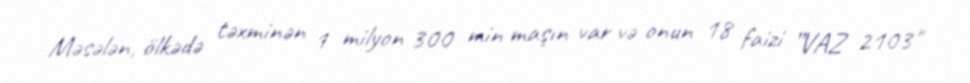
Məsələn, ölkədə təxminən 1 milyon 300 min maşın var və onun 18 faizi ”VAZ 2103"